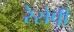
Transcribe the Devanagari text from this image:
रेसेपी